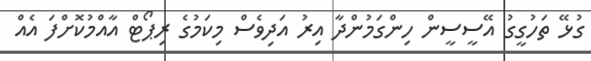
ގުޅޭ ތަހުގީގު އޭސީސީން ހިންގަމުންދާ އިރު އަދިވެސް މިކަމުގެ ރިޕޯޓް އާއްމުކޮށްފަ އެއް